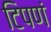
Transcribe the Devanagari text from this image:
टिपणं